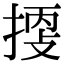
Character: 𢯬